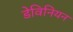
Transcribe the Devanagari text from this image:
डेविनियन